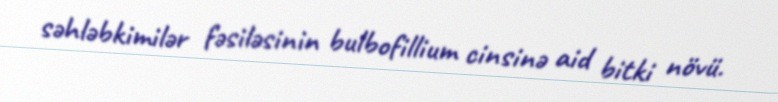
səhləbkimilər fəsiləsinin bulbofillium cinsinə aid bitki növü.